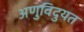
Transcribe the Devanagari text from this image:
अणुविदुयत